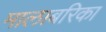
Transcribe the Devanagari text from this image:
मालाबरिका